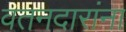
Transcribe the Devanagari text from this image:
वतनदारांना